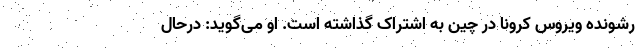
رشونده ویروس کرونا در چین به اشتراک گذاشته است. او می‌گوید: درحال